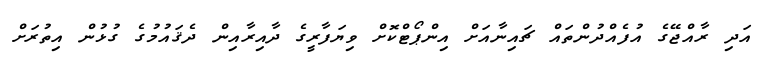
އަދި ރާއްޖޭގެ އުފެއްދުންތައް ޗައިނާއަށް އިންޕޯޓްކޮށް ވިޔަފާރީގެ ދާއިރާއިން ދެޤައުމުގެ ގުޅުން އިތުރަށް